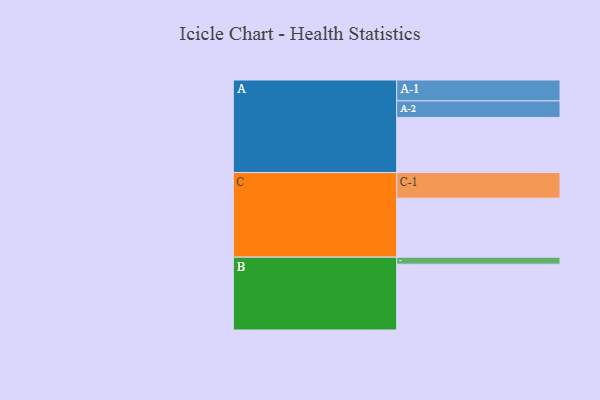
{"axis": {"x": "Segment", "y": "Value"}, "legend": ["", "A", "B", "C"], "data": [{"x": "A", "y": 464, "type": ""}, {"x": "B", "y": 554, "type": ""}, {"x": "C", "y": 496, "type": ""}, {"x": "A-1", "y": 176, "type": "A"}, {"x": "A-2", "y": 139, "type": "A"}, {"x": "B-1", "y": 59, "type": "B"}, {"x": "C-1", "y": 216, "type": "C"}]}